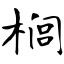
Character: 榈